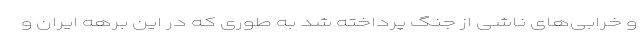
و خرابی‌های ناشی از جنگ پرداخته شد به طوری که در این برهه ایران و